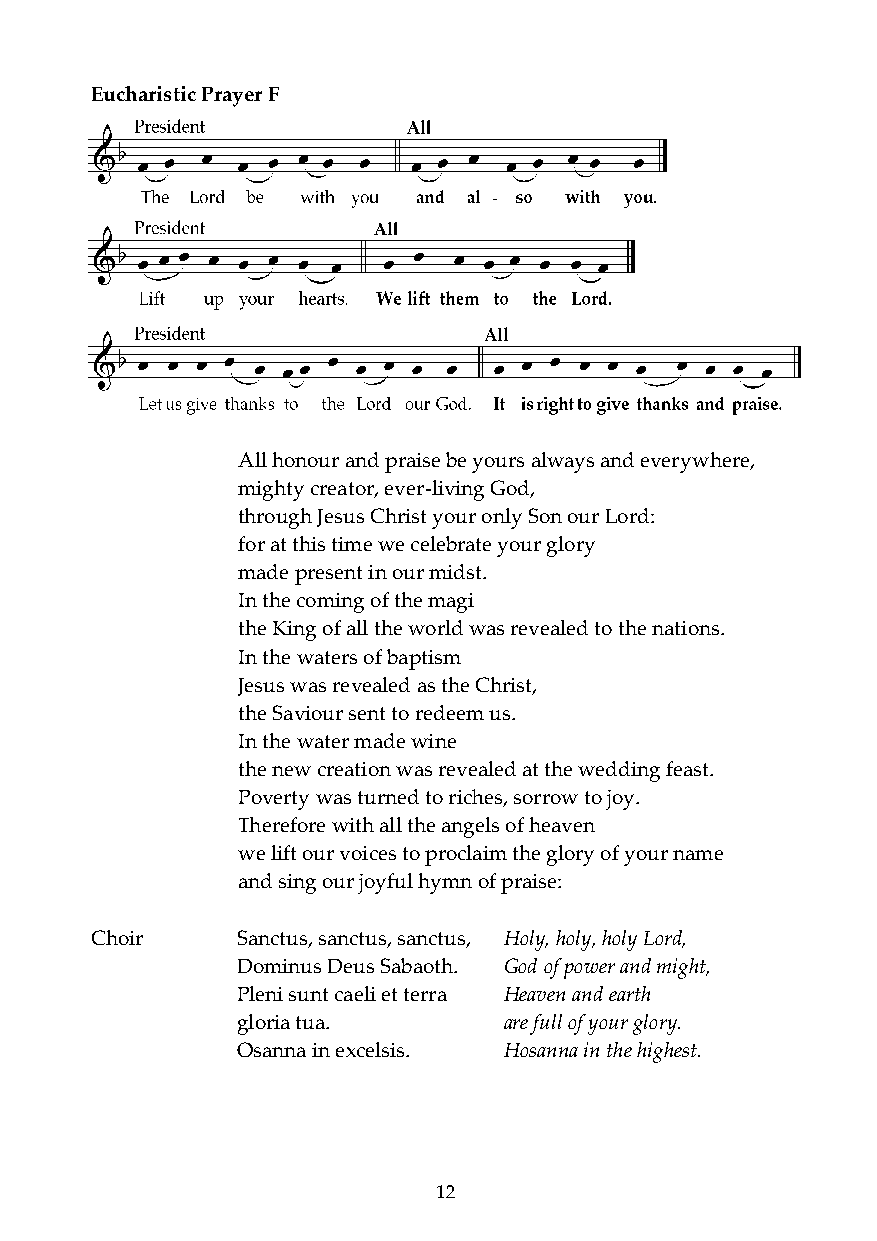
Eucharistic Prayer F
 All honour and praise be yours always and everywhere,
 mighty creator, ever-living God,
 through Jesus Christ your only Son our Lord:
 for at this time we celebrate your glory
 made present in our midst.
 In the coming of the magi
 the King of all the world was revealed to the nations.
 In the waters of baptism
 Jesus was revealed as the Christ,
 the Saviour sent to redeem us.
 In the water made wine
 the new creation was revealed at the wedding feast.
 Poverty was turned to riches, sorrow to joy.
 Therefore with all the angels of heaven
 we lift our voices to proclaim the glory of your name
 and sing our joyful hymn of praise:
 Choir     Sanctus, sanctus, sanctus, Holy, holy, holy Lord,
 Dominus Deus Sabaoth. God of power and might,
 Pleni sunt caeli et terra Heaven and earth
 gloria tua.      are full of your glory.
 Osanna in excelsis. Hosanna in the highest.
 12